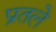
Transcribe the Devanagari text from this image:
प्रतले